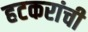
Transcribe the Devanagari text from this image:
हटकरांची